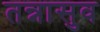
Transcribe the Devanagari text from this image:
तन्नासुव